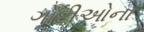
ગોદીઓના